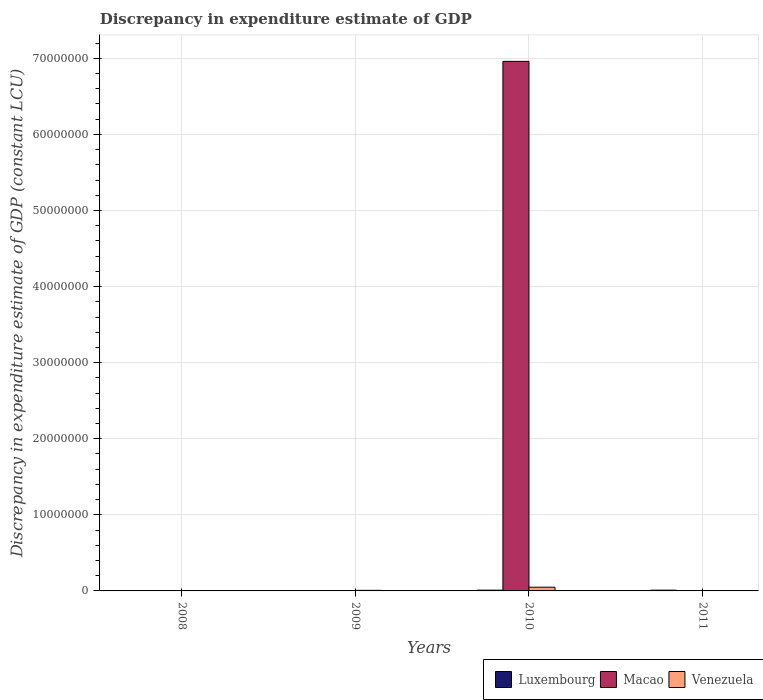
| Years | Luxembourg | Macao | Venezuela |
 | --- | --- | --- | --- |
 | 2008 | -2.62e+07 | -9.9e+08 | -7.4e+04 |
 | 2009 | -9e+05 | -8.39e+08 | 7.6e+04 |
 | 2010 | 1e+05 | 6.96e+07 | 4.9e+05 |
 | 2011 | 1e+05 | -1.96e+07 | -2.69e+05 |